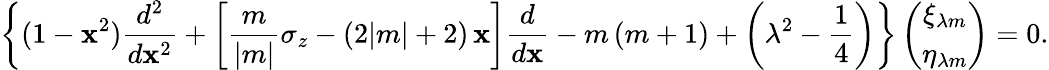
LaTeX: \left\{ (1-\mathbf{x}^{2})\frac{{d^{2}}}{{d\mathbf{x}^{2}}}+\left[\frac{m}{{|m|}}\sigma_{z}-(2|m|+2)\, \mathbf{x}\right]\frac{d}{{d\mathbf{x}}}-m\, (m+1)+\left(\lambda^{2}-\frac{1}{4}\right)\right\} \left(\begin{array}{c}{{\xi_{\lambda m}}}\\ {{\eta_{\lambda m}}}\end{array}\right)=0.